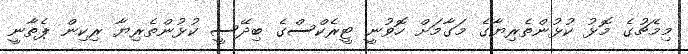
މިމެޗުގެ މޮޅު ކުޅުންތެރިޔާގެ މަގާމަށް ހޮވުނީ ޓީރެކްސްގެ ބިދޭސީ ކުޅުންތެރިޔާ ރިކިން ޕެތާނީ